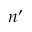
n ^ { \prime }